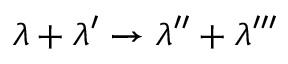
\lambda + \lambda ^ { \prime } \to \lambda ^ { \prime \prime } + \lambda ^ { \prime \prime \prime }